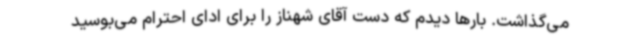
می‌گذاشت. بارها دیدم که دست آقای شهناز را برای ادای احترام می‌بوسید